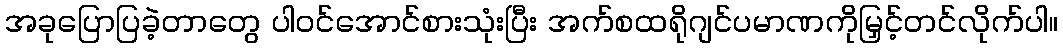
အခုပြောပြခဲ့တာတွေ ပါဝင်အောင်စားသုံးပြီး အက်စထရိုဂျင်ပမာဏကိုမြှင့်တင်လိုက်ပါ။